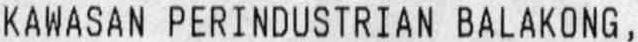
KAWASAN PERINDUSTRIAN BALAKONG,